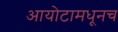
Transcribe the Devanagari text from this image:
आयोटामधूनच